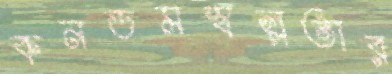
কনডমস্বল্পতার